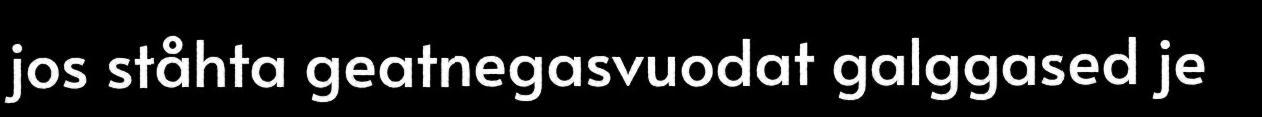
jos ståhta geatnegasvuodat galggased je